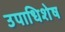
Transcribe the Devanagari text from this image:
उपाधिशेष